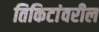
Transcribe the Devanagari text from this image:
तिकिटांवरील